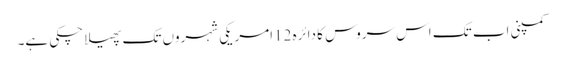
کمپنی اب تک اس سروس کا دائرہ 12امریکی شہروں تک پھیلا چکی ہے۔